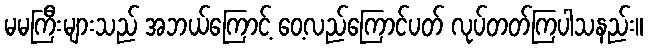
မမကြီးများသည် အဘယ်ကြောင့် ဝေ့လည်ကြောင်ပတ် လုပ်တတ်ကြပါသနည်း။